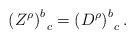
LaTeX: \begin{align*}\left( Z^\rho \right) _{\;\;c}^b=\left( D^\rho \right)_{\;\;c}^b.\end{align*}